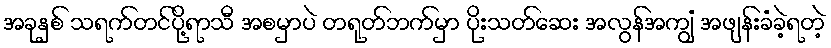
အခုနှစ် သရက်တင်ပို့ရာသီ အစမှာပဲ တရုတ်ဘက်မှာ ပိုးသတ်ဆေး အလွန်အကျွံ အဖျန်းခံခဲ့ရတဲ့